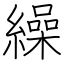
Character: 繰